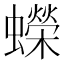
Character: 蠑